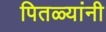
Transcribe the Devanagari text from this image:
पितळ्यांनी